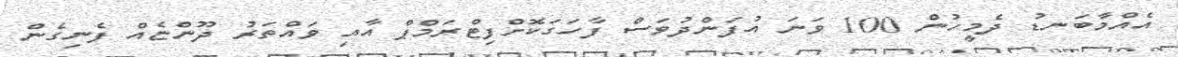
އެއްމާބަނޑު ދެމީހުން 100 ވަނަ އުފަންދުވަސް ފާހަގަކޮށްފިޓްރަމްޕް އާއި ވައްތަރު ދޫންޏެއް ފެނިގެން